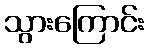
သွားကြောင်း